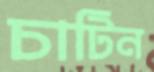
চাটিন